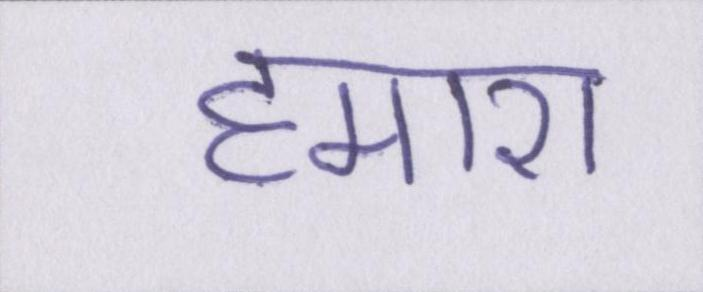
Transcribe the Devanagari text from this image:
हमारा